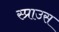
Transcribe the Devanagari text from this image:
स्प्राउस